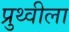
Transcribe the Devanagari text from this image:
प्रुथ्वीला